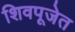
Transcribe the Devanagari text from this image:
शिवपूजेत